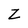
Character: Z